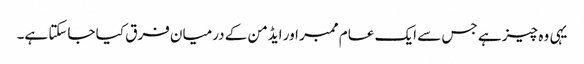
یہی وہ چیز ہے جس سے ایک عام ممبر اور ایڈمن کے درمیان فرق کیا جاسکتا ہے۔